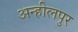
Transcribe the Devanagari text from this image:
अन्हीलपुर